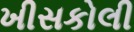
ખીસકોલી